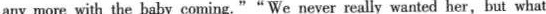
any more with the baby coming." "We never really wanted her,but what